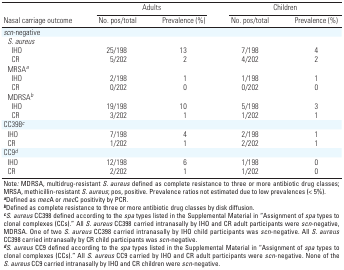
| <ROWSPAN=2> Nasal carriage outcome | <COLSPAN=2> Adults | <COLSPAN=2> Children |
 | No. pos/total | Prevalence (%) | No. pos/total | Prevalence (%) |
 | --- | --- | --- | --- | --- |
 | scn-negative |
 | S. aureus |
 | IHO | 25/198 | 13 | 7/198 | 4 |
 | CR | 5/202 | 2 | 4/202 | 2 |
 | MRSAa |
 | IHO | 2/198 | 1 | 1/198 | 1 |
 | CR | 0/202 | 0 | 0/202 | 0 |
 | MDRSAb |
 | IHO | 19/198 | 10 | 5/198 | 3 |
 | CR | 3/202 | 1 | 1/202 | 1 |
 | CC398c |
 | IHO | 7/198 | 4 | 2/198 | 1 |
 | CR | 1/202 | 1 | 2/202 | 1 |
 | CC9d |
 | IHO | 12/198 | 6 | 1/198 | 0 |
 | CR | 2/202 | 1 | 1/202 | 0 |
 | <COLSPAN=5> Note: MDRSA, multidrug-resistant S. aureus defined as complete resistance to three or more antibiotic drug classes; MRSA, methicillin-resistant S. aureus; pos, positive. Prevalence ratios not estimated due to low prevalences (< 5%). aDefined as mecA or mecC positivity by PCR. bDefined as complete resistance to three or more antibiotic drug classes by disk diffusion. cS. aureus CC398 defined according to the spa types listed in the Supplemental Material in “Assignment of spa types to clonal complexes (CCs).” All S. aureus CC398 carried intranasally by IHO and CR adult participants were scn-negative, MDRSA. One of two S. aureus CC398 carried intranasally by IHO child participants was scn-negative. All S. aureus CC398 carried intranasally by CR child participants was scn-negative. dS. aureus CC9 defined according to the spa types listed in the Supplemental Material in “Assignment of spa types to clonal complexes (CCs).” All S. aureus CC9 carried by IHO and CR adult participants were scn-negative. None of the S. aureus CC9 carried intranasally by IHO and CR children were scn-negative. |